Lunatic asylums Punjab 1911-1921 - 1911-1921
Year: 1911
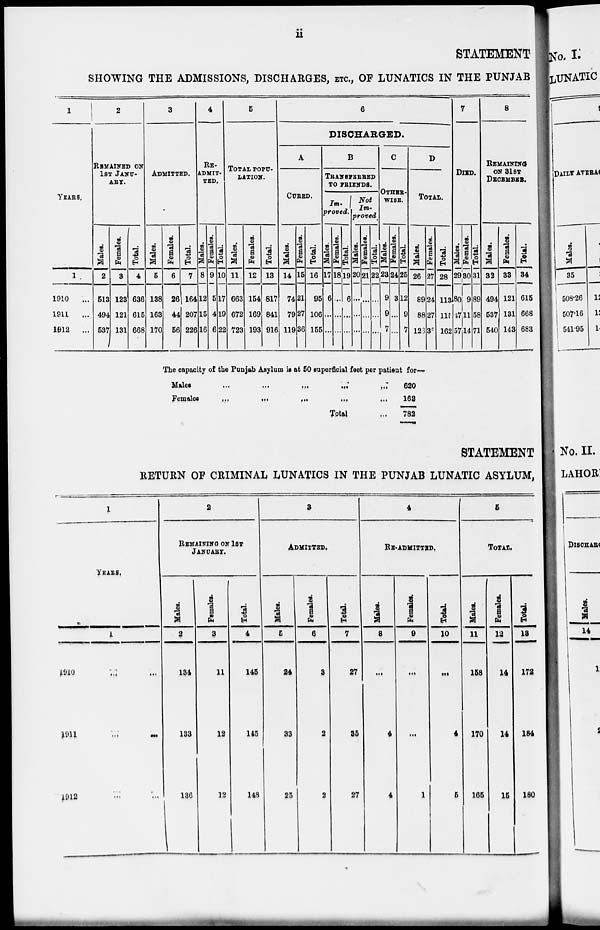
ii
STATEMENT
SHOWING THE ADMISSIONS, DISCHARGES, ETC., OF LUNATICS IN THE PUNJAB
1
YEARS.
1
1910
...
1911
...
1912
...
2
REMAINED ON
1ST JANU-
ARY.
Males.
2
513
494
537
Females.
3
123
121
131
Total.
4
636
615
668
3
ADMITTED.
Males.
5
138
163
170
Females.
6
26
44
56
Total.
7
l64
207
226
4
RE-
ADMIT-
TED.
Males.
8
12
15
16
Females.
9
5
4
6
Total.
10
17
19
22
5
TOTAI POPU-
LATION.
Males.
11
663
672
723
Females.
12
154
169
193
Total.
13
817
841
916
6
DISCHARGED.
A
CURED.
Males.
14
74
79
119
Females.
15
21
27
36
Total.
16
95
106
155
B
TRANSFERRED
TO FRIENDS.
Im-
proved.
Males.
17
6
...
...
Females.
18
...
...
...
Total.
19
6
...
...
Not
Im-
proved.
Males.
20
...
...
...
Females.
21
...
...
...
Total.
22
...
...
...
C
OTHER¬
WISE.
Males.
23
9
9
7
Females.
24
3
...
...
Total.
25
12
9
7
D
TOTAL.
Males.
26
89
88
126
Females.
27
24
27
36
Total.
28
113
115
162
7
DIED.
Males.
29
80
17
57
Females.
30
9
11
14
Total.
31
89
58
71
8
REMAINING
ON 31ST
DECEMBER.
Males.
32
494
537
540
Females.
33
121
131
143
Total.
34
615
668
683
The capacity of the Punjab Asylum is at 50 superficial feet per patient for—
Males
...
...
...
...
...
Females
...
...
...
...
...
Total ...
620
162
782
STATEMENT
RETURN OF CRIMINAL LUNATICS IN THE PUNJAB LUNATIC ASYLUM,
1
YEARS.
1
1910 ... ...
1911
...
...
1912 ... ...
2
REMAINING ON 1ST
JANUARY.
Males.
2
134
133
136
Females.
3
11
12
12
Total.
4
145
145
148
3
ADMITTED.
Males.
5
24
33
25
Females.
6
3
2
2
Total.
7
27
35
27
4
RE-ADMITTED.
Males.
8
...
4
4
Females.
9
...
...
1
Total.
10
...
4
5
5
TOTAL.
Males.
11
158
170
165
Females.
12
14
14
15
Total.
13
172
184
180